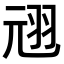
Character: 𫅣